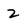
Character: 2